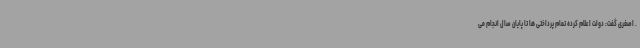
. اصغری گفت: دولت اعلام کرده تمام پرداختی ها تا پایان سال انجام می